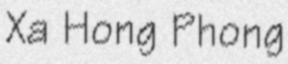
Xa Hong Phong